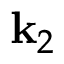
\mathbf { k } _ { 2 }